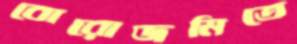
বোরোজমিতে